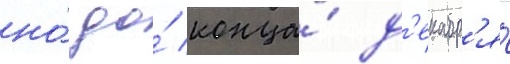
но́ до́ конца́ д'екабр'я́